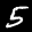
Label: 5